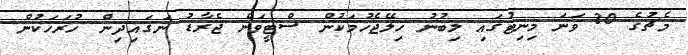
މެޗުގެ 30 ވަނަ މިނިޓުގައި ލިބުނު ހިލޭޖެހުމަކުން ސްޓީވަން ޖެރާޑު ނަގައިދިން ހުރަހަކުން